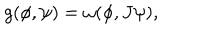
g ( \phi , \psi ) = \omega ( \phi , J \psi ) ,